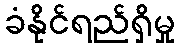
ခံနိုင်ရည်ရှိမှု